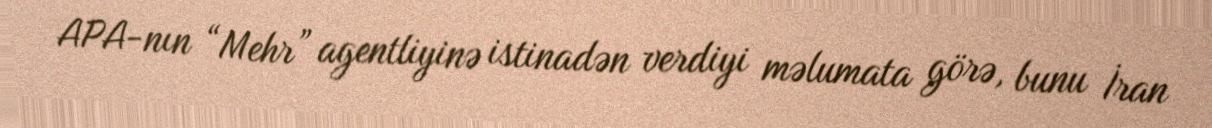
APA-nın “Mehr” agentliyinə istinadən verdiyi məlumata görə, bunu İran